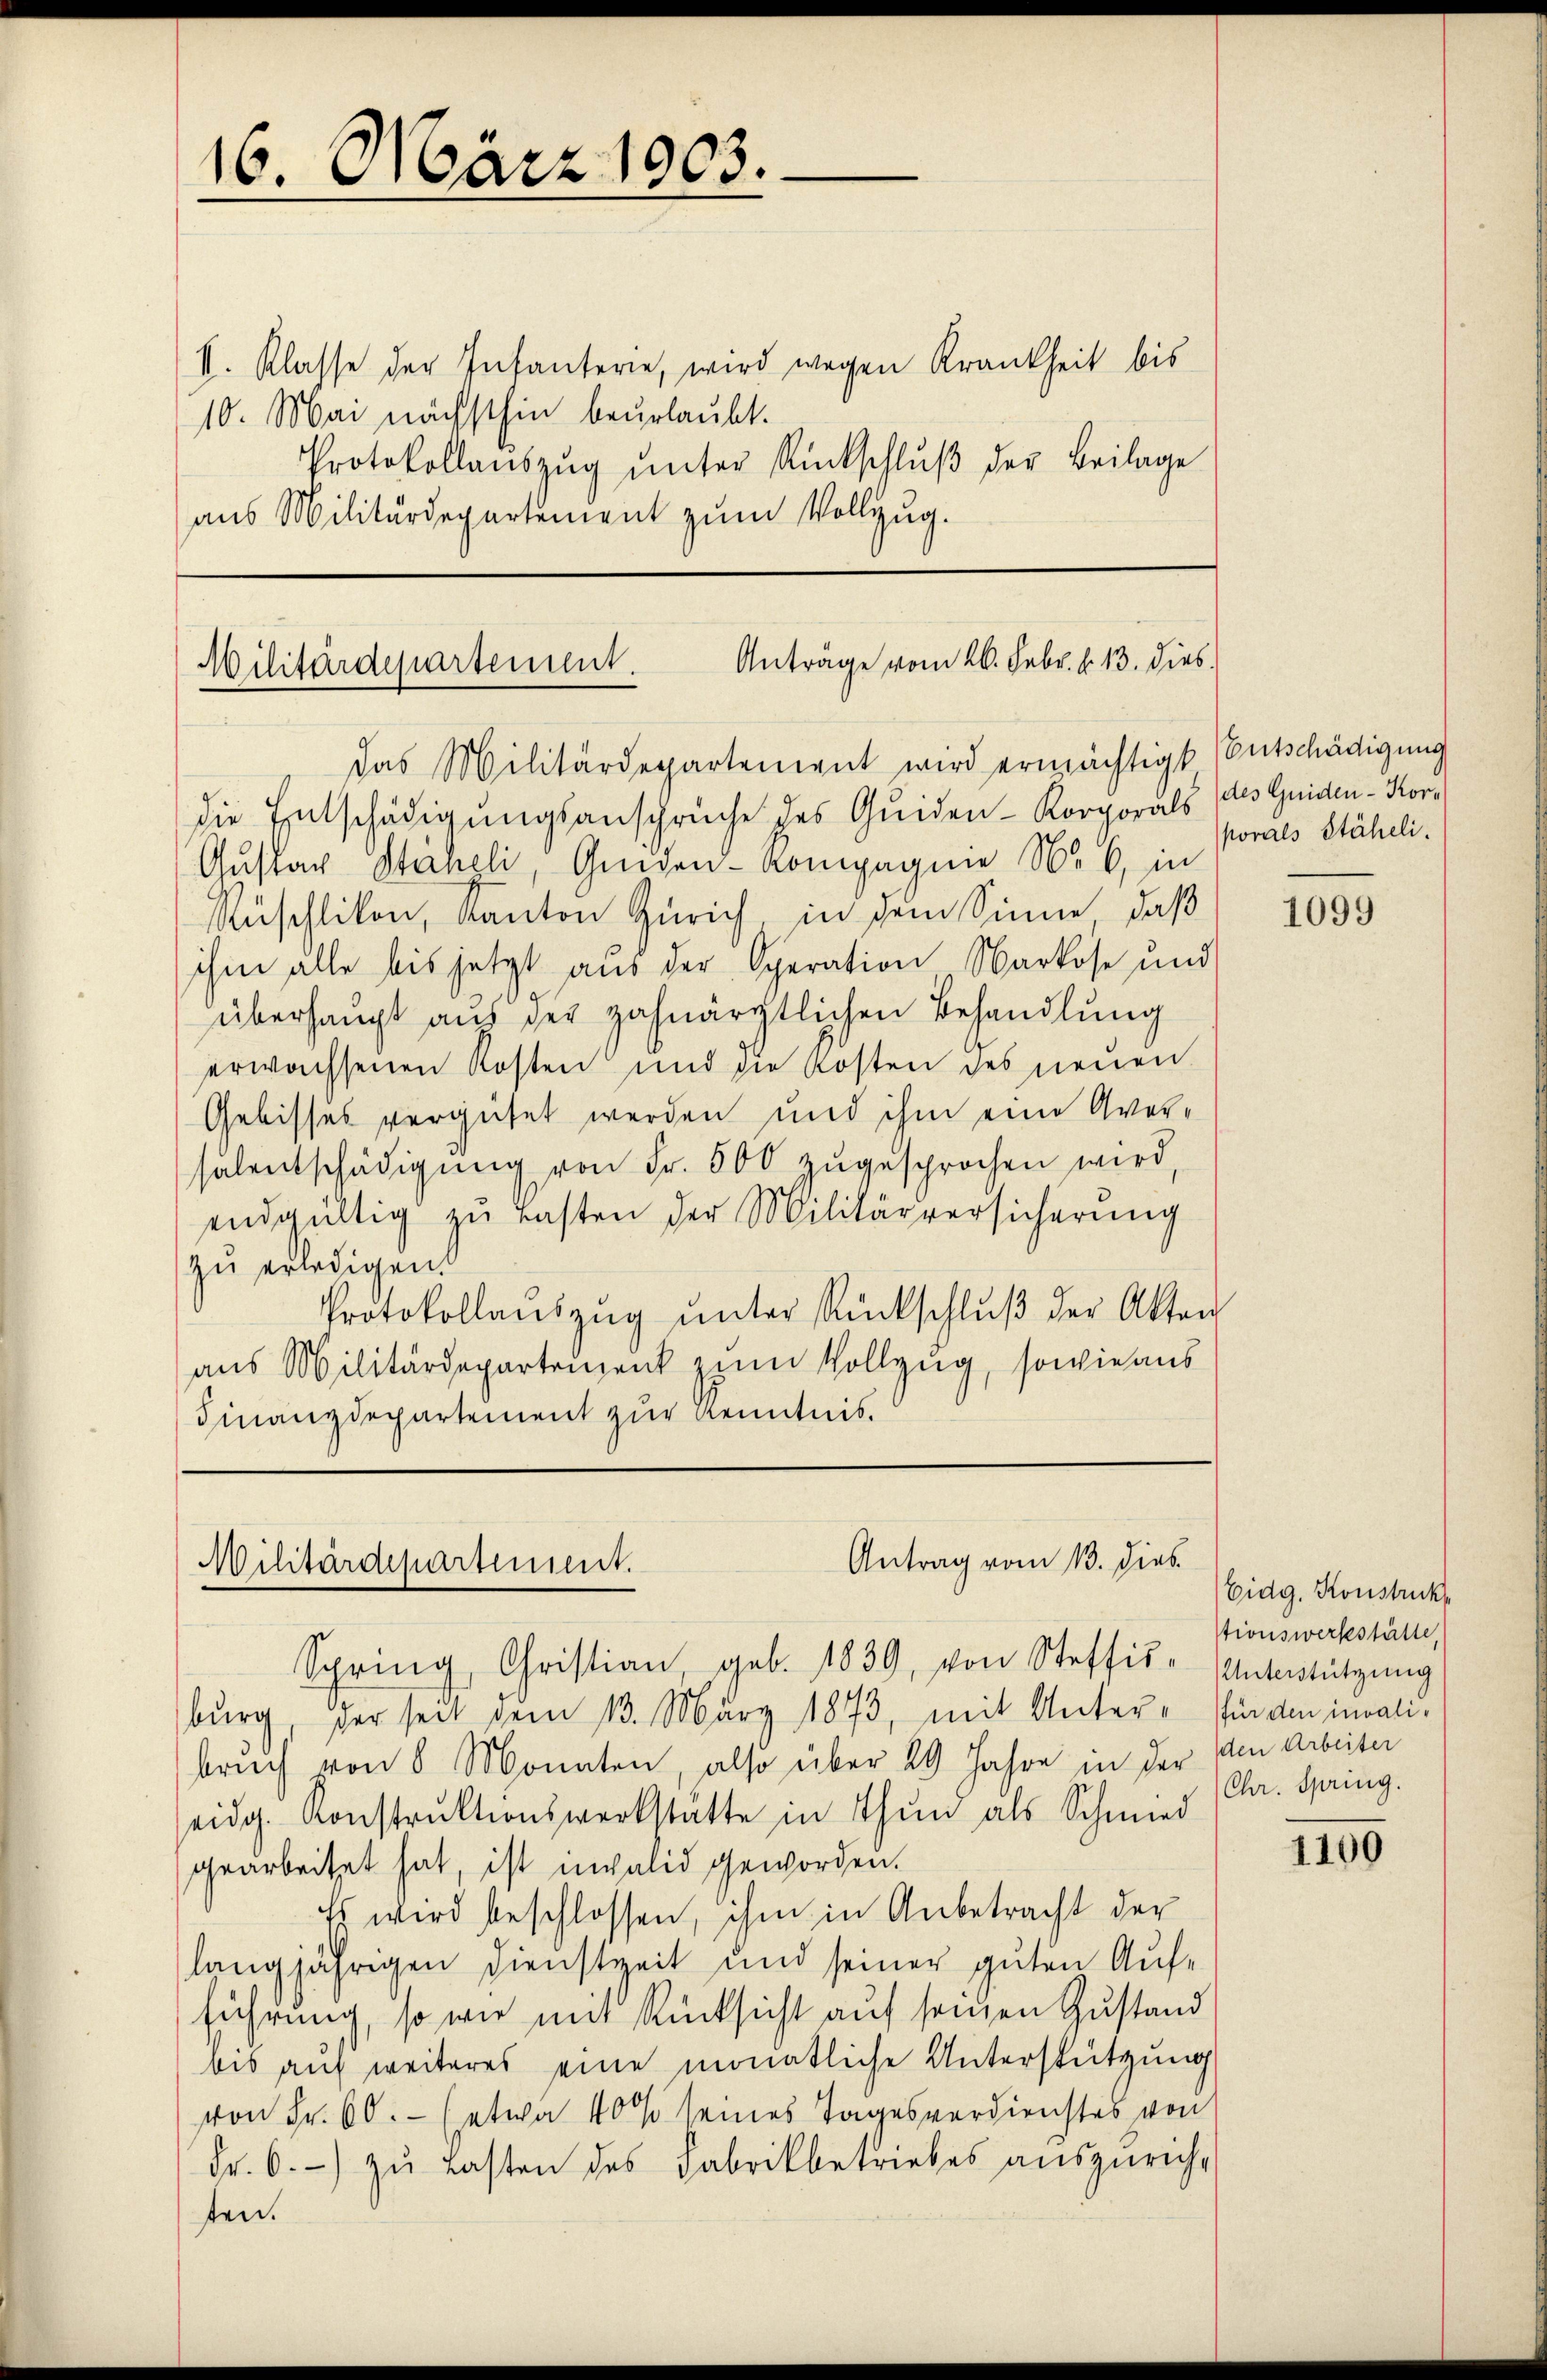
16. März 1903.

V. Klasse der Infanterie, wird wegen Krankheit bis
10. Mai nächsthin beurlaubt.
Protokollaŭszŭg ŭnter Rückschlŭβ der Beilage
aus Militärdepartement zum Vollzug.

die Entschädigungsansprüche des Quiden-Korporals des Guiden- Kor¬
Gustav Stäheli, Gmden- Kompagnie No. 6, in
Muschlikon, Kanton Zürich, in dem Sinne, daß
ihm alle bis jetzt aus der Operation Markose und
überhaupt aus der zahnärztlichen Behandlung
erwachsenen Kosten und die Kosten des neuen
Gebisses vergütet werden und ihm eine Aversalentschädigŭng von Fr. 500 zugesprochen wird,
endgültig zu Tasten der Militärversicherung
zu erledigen.
Protokollauszug unter Rückschluß der Akten
aus Militärdepartement zum Vollzug, sowie aus
Finanzdepartement zur Kenntnis.

Militärdepartement. Anträge vom 26. Febr. v. 13. dies
das Militärdepartement wird ermächtigt Entschädigung

Antrag vom 13. dies
Militärdepartement.

porals Stäheli.

Spring, Christian geb. 1839, von Steffis-Unterstützung
burg, der seit dem 13. März 1873, mit Unter- für den invalibruch von 8 Monaten, also über 29 Jahre in der den Arbeiter
eidg. Konstrŭktionswerkstatte in Thun als Schmied
gearbeitet hat, ist invalid geworden.
Es wird beschlossen, ihm in Anbetracht der
langjährigen Dienstzeit und seiner guten Aufführung, so wie mit Rücksicht auf seinen Zustand
bis auf weiteres eine monatliche Unterstützung
von Fr. 60.- (etwa 40 % seines Tagesverdienstes von
Fr. 6. zŭ Lasten des Fabrikbetriebes aŭszürich-
ten.

1099

Eidg. Konstruck,
stionswerkstätte,
Chr. Spring.

1100